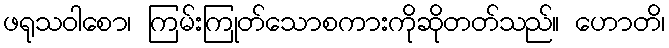
ဖရုသဝါစော၊ ကြမ်းကြုတ်သောစကားကိုဆိုတတ်သည်။ ဟောတိ၊